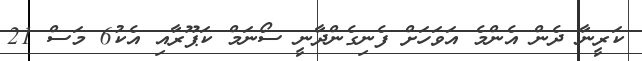
ކަރީނާ ދެން އެންމެ އަވަހަށް ފެނިގެންދާނީ ސޯނަމް ކަޕޫރާއި އެކު6 މަސް 21